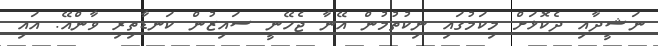
ނަޝީދާއި ދެކޮޅަށް މިކަމުގައި ނިކުތުމުން އޭނާ ޖެހޭނީ ސައިޒުން ކަނޑާތިރި ވާންއޭ. އައި